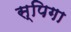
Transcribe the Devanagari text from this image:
स्पिगा